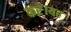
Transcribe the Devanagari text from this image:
करें।यह